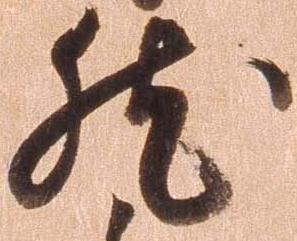
然